Report on vaccination in the Province of Bengal - 1874-1889
Year: 1874
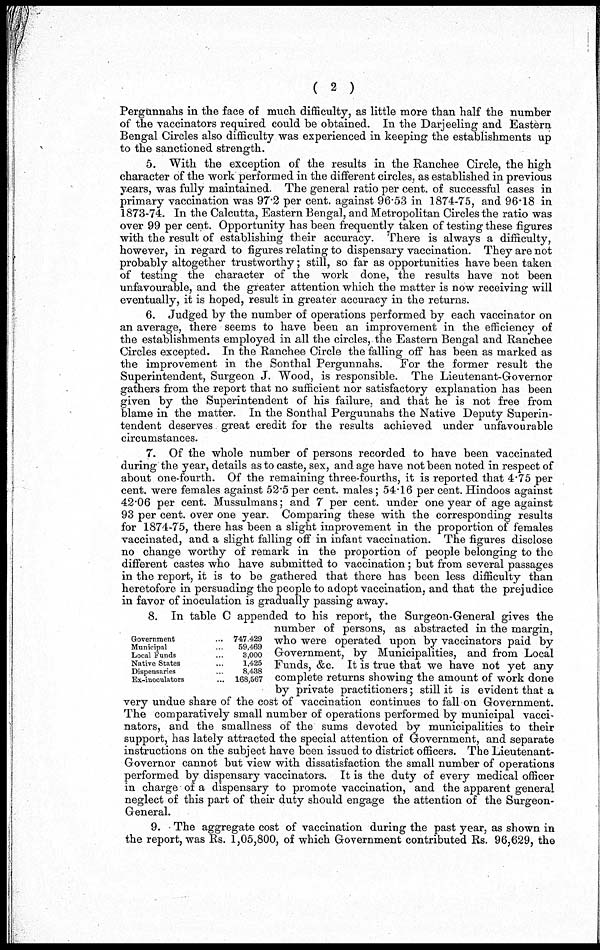
( 2 )
Pergunnahs in the face of much difficulty, as little more than half the number
of the vaccinators required could be obtained. In the Darjeeling and Eastern
Bengal Circles also difficulty was experienced in keeping the establishments up
to the sanctioned strength.
5. With the exception of the results in the Ranchee Circle, the high
character of the work performed in the different circles, as established in previous
years, was fully maintained. The general ratio per cent. of successful cases in
primary vaccination was 97.2 per cent. against 96.53 in 1874-75, and 96.18 in
1873-74. In the Calcutta, Eastern Bengal, and Metropolitan Circles the ratio was
over 99 per cent. Opportunity has been frequently taken of testing these figures
with the result of establishing their accuracy. There is always a difficulty,
however, in regard to figures relating to dispensary vaccination. They are not
probably altogether trustworthy; still, so far as opportunities have been taken
of testing the character of the work done, the results have not been
unfavourable, and the greater attention which the matter is now receiving will
eventually, it is hoped, result in greater accuracy in the returns.
6. Judged by the number of operations performed by each vaccinator on
an average, there seems to have been an improvement in the efficiency of
the establishments employed in all the circles, the Eastern Bengal and Ranchee
Circles excepted. In the Ranchee Circle the falling off has been as marked as
the improvement in the Sonthal Pergunnahs. For the former result the
Superintendent, Surgeon J. Wood, is responsible. The Lieutenant-Governor
gathers from the report that no sufficient nor satisfactory explanation has been
given by the Superintendent of his failure, and that he is not free from
blame in the matter. In the Sonthal Pergunnahs the Native Deputy Superin-
tendent deserves great credit for the results achieved under unfavourable
circumstances.
7. Of the whole number of persons recorded to have been vaccinated
during the year, details as to caste, sex, and age have not been noted in respect of
about one-fourth. Of the remaining three-fourths, it is reported that 4.75 per
cent. were females against 52.5 per cent. males; 54.16 per cent. Hindoos against
42.06 per cent. Mussulmans; and 7 per cent. under one year of age against
93 per cent. over one year. Comparing these with the corresponding results
for 1874-75, there has been a slight improvement in the proportion of females
vaccinated, and a slight falling off in infant vaccination. The figures disclose
no change worthy of remark in the proportion of people belonging to the
different castes who have submitted to vaccination; but from several passages
in the report, it is to be gathered that there has been less difficulty than
heretofore in persuading the people to adopt vaccination, and that the prejudice
in favor of inoculation is gradually passing away.
Government
...
Municipal ...
Local Funds ...
Native States ...
Dispensaries ...
Ex-inoculators ...
74,7 429
59,469
3,000
1,425
8,438
168,567
8. In table C appended to his report, the Surgeon-General gives the
number of persons, as abstracted in the margin,
who were operated upon by vaccinators paid by
Government, by Municipalities, and from Local
Funds, &c. It is true that we have not yet any
complete returns showing the amount of work done
by private practitioners; still it is evident that a
very undue share of the cost of vaccination continues to fall on Government.
The comparatively small number of operations performed by municipal vacci-
nators, and the smallness of the sums devoted by municipalities to their
support, has lately attracted the special attention of Government, and separate
instructions on the subject have been issued to district officers. The Lieutenant-
Governor cannot but view with dissatisfaction the small number of operations
performed by dispensary vaccinators. It is the duty of every medical officer
in charge of a dispensary to promote vaccination, and the apparent general
neglect of this part of their duty should engage the attention of the Surgeon-
General.
9. The aggregate cost of vaccination during the past year, as shown in
the report, was Rs. 1,05,800, of which Government contributed Rs. 96,629, the